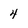
Character: 4